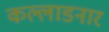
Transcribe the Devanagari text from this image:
कल्लाडनार